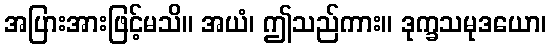
အပြားအားဖြင့်မသိ။ အယံ၊ ဤသည်ကား။ ဒုက္ခသမုဒယော၊